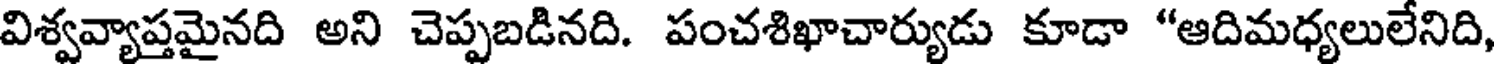
విశ్వవ్యాప్తమైనది అని చెప్పబడినది. పంచశిఖాచార్యుడు కూడా "ఆదిమధ్యలులేనిది,